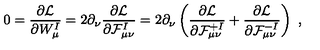
0 = \frac { \partial { \cal L } } { \partial W _ { \mu } ^ { I } } = 2 \partial _ { \nu } \frac { \partial { \cal L } } { \partial { \cal F } _ { \mu \nu } ^ { I } } = 2 \partial _ { \nu } \left( \frac { \partial { \cal L } } { \partial { \cal F } _ { \mu \nu } ^ { + I } } + \frac { \partial { \cal L } } { \partial { \cal F } _ { \mu \nu } ^ { - I } } \right) \ ,